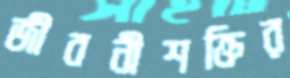
জীবনীশক্তির